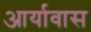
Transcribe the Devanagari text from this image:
आर्यावास